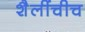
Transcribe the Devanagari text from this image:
शैलींचीच